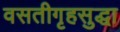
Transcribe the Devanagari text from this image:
वसतीगृहसुद्धा